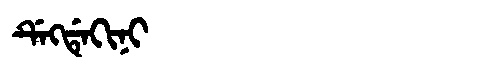
Manchu: ᡩᡝᡴᡩᡝᡴᡳᠨᡳ
Romanization: DEKDEKINI